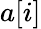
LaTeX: a[i]